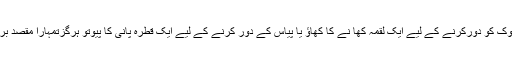
دیکھواگر تم بھوک کو دورکرنے کے لیے ایک لقمہ کھا نے کا کھاؤ یا پیاس کے دور کرنے کے لیے ایک قطرہ پانی کا پیوتو ہرگزتمہارا مقصد براری نہ ہو گی ۔